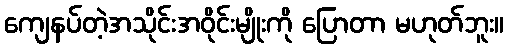
ကျေနပ်တဲ့အသိုင်းအဝိုင်းမျိုးကို ပြောတာ မဟုတ်ဘူး။